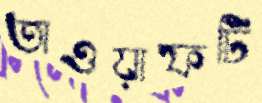
তাওয়াফটি